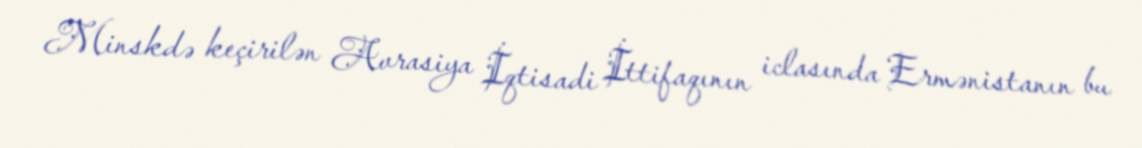
Minskdə keçirilən Avrasiya İqtisadi İttifaqının iclasında Ermənistanın bu